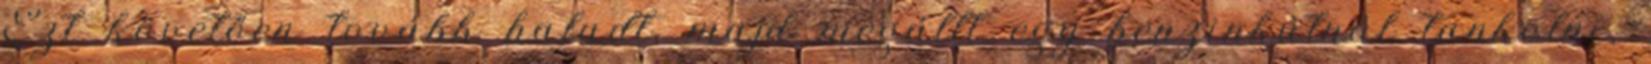
Ezt követően tovább haladt, majd megállt egy benzinkútnál tankolni,